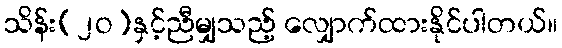
သိန်း(၂ဝ)နှင့်ညီမျှသည့် လျှောက်ထားနိုင်ပါတယ်။